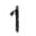
1